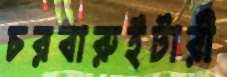
চরবারুইটারী